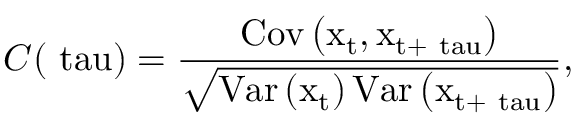
C ( \mathrm { \ t a u } ) = \frac { \operatorname { C o v } \left( \mathrm { x } _ { \mathrm { t } } , \mathrm { x } _ { \mathrm { t } + \mathrm { \ t a u } } \right) } { \sqrt { \operatorname { V a r } \left( \mathrm { x } _ { \mathrm { t } } \right) \operatorname { V a r } \left( \mathrm { x } _ { \mathrm { t } + \mathrm { \ t a u } } \right) } } ,